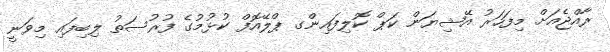
ރާއްޖެއަށް މިފަހަރު އޭޝިޔަން ކަޕް ކޮލިފައިންގ ޕްލޭއޮފް ކުޅުމުގެ ފުރުސަތު ލިބިފައި މިވަނީ